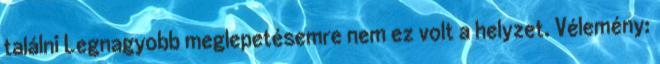
találni Legnagyobb meglepetésemre nem ez volt a helyzet. Vélemény: